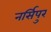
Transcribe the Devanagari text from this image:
नर्सिपुर